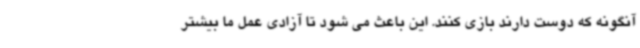
آنگونه که دوست دارند بازی کنند. این باعث می شود تا آزادی عمل ما بیشتر